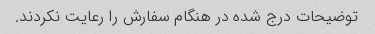
توضیحات درج شده در هنگام سفارش را رعایت نکردند.